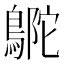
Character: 𪂊